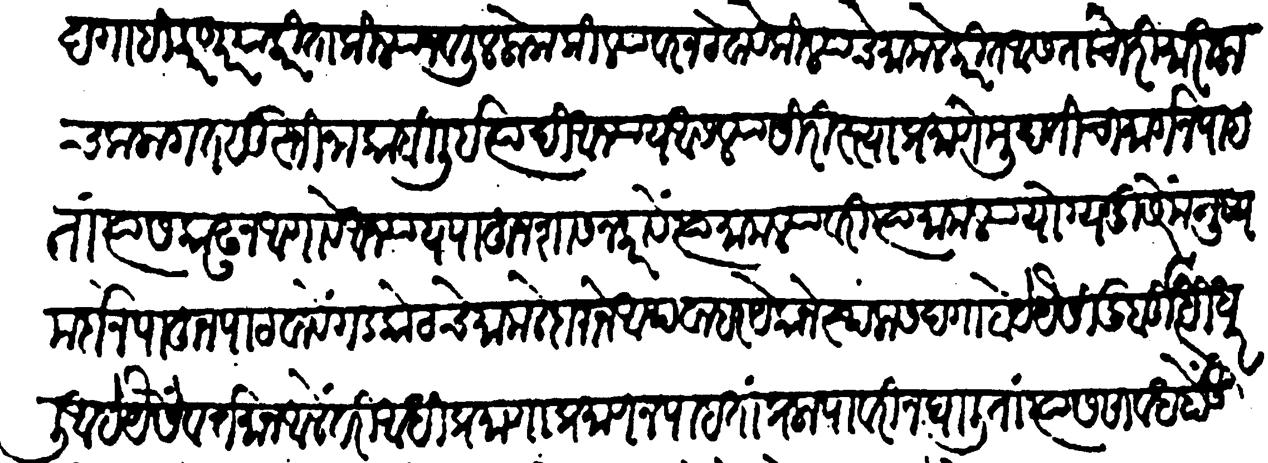
Transliteration (Devanagari): दगाही करणार याकरितां किल्ल्याजवळील लोक किल्ल्यावरी न ठेवावे विख्याते मामले करीत असता चोरीमारी कचकलागत सुस्ती नाकाबिली इत्यादि अन्याय असलीया सिरिस्त्याप्रमाणे मुदतीचा मार्ग न पाहता त्यास काढून आणावे आन्याय पाहून शासन करावें त्या मामल्यावरी त्या मामव्यायोग्य दूसरें मनुष्य मर्दानें पाहून पाठवावे गडकोटचे मामलेदाराने अथवा हरएकाने स्थलास दगा होये यैसी दुर्बुद्धि धरली आहे यैसें वर्तमान आले तरी आधी प्रमाणाप्रमाण न पाहतां प्रलापावरी न घालतां त्यास सावथ होऊ